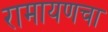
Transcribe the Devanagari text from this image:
रामायणचा